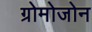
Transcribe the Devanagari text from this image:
ग्रोमोजोन